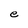
Character: e